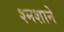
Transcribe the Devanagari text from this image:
श्मशाने